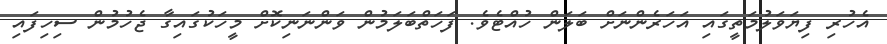
އެހުރި ފިޔަވަލުމަތީގައި އަހަރެންނަށް ބަލަން ހުއްޓެވެ. ފަހަތްބަލަމުން ވަންނަނިކޮށް މީހަކުގައިގާ ޖެހުމުން ސިހިފައި